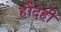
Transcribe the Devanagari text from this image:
हौदही